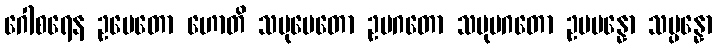
ဂေါစရေန ဥပေတော ဟောတိ သမုပေတော ဥပဂတော သမုပဂတော ဥပပန္နော သမ္ပန္နော